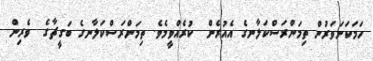
ހަމަކަށަވަރުން ތިމަންރަސްކަލާނގެ އެއުރެން  ކުރެއްވީމެވެ. ތިމަންރަސްކަލާނގެ ބަގީޗާގެ  ވެރިން